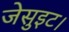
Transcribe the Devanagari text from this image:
जेसुइट।